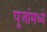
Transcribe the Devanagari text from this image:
पूजांमध्ये